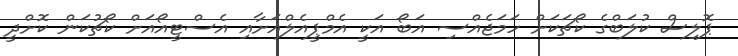
ޕޮލިސް ކުލަބްގެ ކޯޗަކަށް ހަމަޖެއްސި އަބޯ އަކީ އެމްޕީއެލްއަށާއި އެސްޓީއޯއަށް ކޯޗުކަން ކޮށްދީ